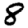
Digit: 8